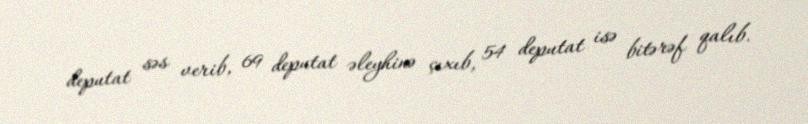
deputat səs verib, 69 deputat əleyhinə çıxıb, 54 deputat isə bitərəf qalıb.